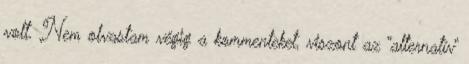
volt. Nem olvastam végig a kommenteket, viszont az “alternatív”